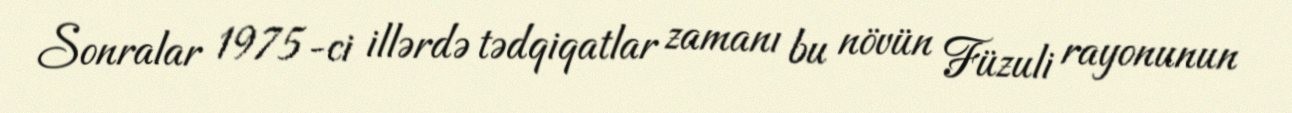
Sonralar 1975-ci illərdə tədqiqatlar zamanı bu növün Füzuli rayonunun